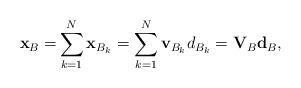
LaTeX: \begin{align*}{\bf x}_B=&\sum\limits_{k=1}^{N} {\bf x}_{B_k} =\sum\limits_{k=1}^{N} {\bf v}_{B_k} d_{B_k}={\bf V}_B{\bf d}_{B},\end{align*}